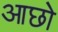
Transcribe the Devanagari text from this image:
आछो